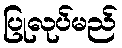
ပြုလုပ်မည်